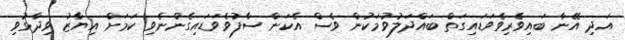
އަދި އޭނާ ބައިވެރިވެވަޑައިގަތް ބައްދަލުވުމަކުން ވެސް އެކަން ސާފުވެވަޑައިގެންނެވި ކަމަށް އިޔާޒު ވިދާޅުވި